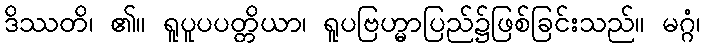
ဒိဿတိ၊ ၏။ ရူပူပပတ္တိယာ၊ ရူပဗြဟ္မာပြည်၌ဖြစ်ခြင်းသည်။ မဂ္ဂံ၊